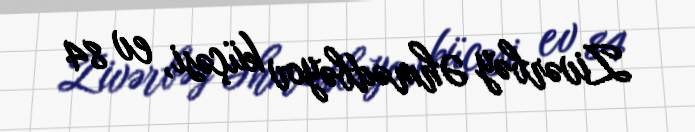
Zivərbəy Əhmədbəyov küçəsi, ev 84